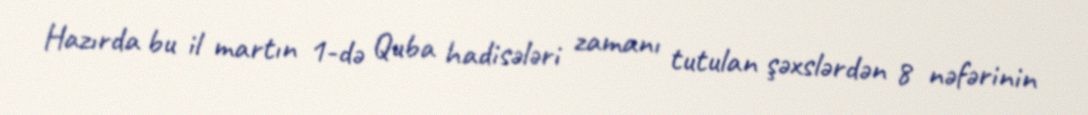
Hazırda bu il martın 1-də Quba hadisələri zamanı tutulan şəxslərdən 8 nəfərinin